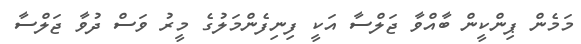
މަމެން ޕިންކީން ބާއްވާ ޖަލްސާ އަކީ ފިނިފެންމަލުގެ މީރު ވަސް ދުވާ ޖަލްސާ